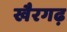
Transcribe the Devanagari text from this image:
खैरगढ़